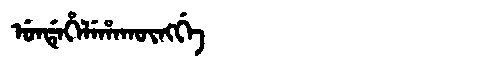
Manchu: ᡠᠨᡩᡝᡥᡝᠯᡝᡥᠠᡴᡡᠩᡤᡝ
Romanization: UNDEHELEHAKŪNGGE